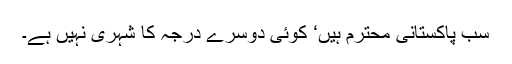
سب پاکستانی محترم ہیں‘ کوئی دوسرے درجہ کا شہری نہیں ہے۔